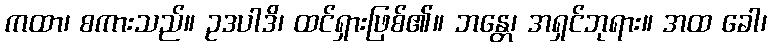
ကထာ၊ စကားသည်။ ဥဒပါဒိ၊ ထင်ရှားဖြစ်၏။ ဘန္တေ၊ အရှင်ဘုရား။ အထ ခေါ၊